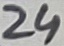
Text: 24